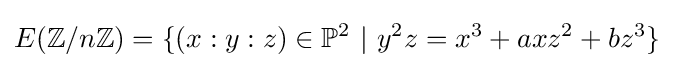
E(\mathbb {Z} /n\mathbb {Z} )=\{(x:y:z)\in \mathbb {P} ^{2}\ |\ y^{2}z=x^{3}+axz^{2}+bz^{3}\}